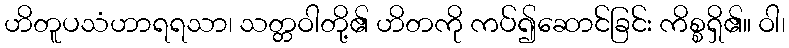
ဟိတူပသံဟာရရသာ၊ သတ္တဝါတို့၏ ဟိတကို ကပ်၍ဆောင်ခြင်း ကိစ္စရှိ၏။ ဝါ၊